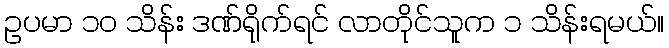
ဥပမာ ၁၀ သိန်း ဒဏ်ရိုက်ရင် လာတိုင်သူက ၁ သိန်းရမယ်။